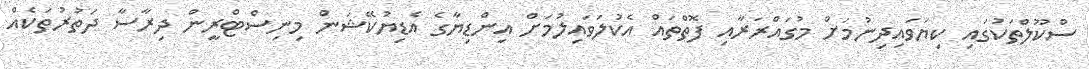
ސްކޫލްތަކުގައި ކިޔަވައިދިނުމަށް މުގައްރަރާއި ފޮތްތައް އެކުލަވައިލުމަށް އިންޑިޔާގެ އެޑިޔުކޭޝަން މިނިސްޓްރީން ދިރާސާ ދަތުރުތަކެއް